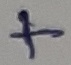
Text: +